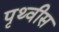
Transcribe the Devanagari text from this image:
पृथ्वीस